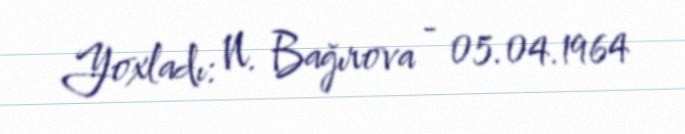
Yoxladı: N. Bağırova - 05.04.1964